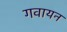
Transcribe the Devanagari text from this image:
गवायन